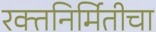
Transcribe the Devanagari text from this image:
रक्तनिर्मितीचा